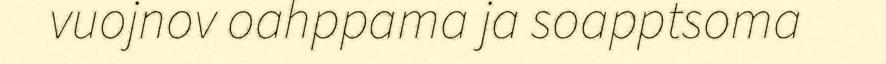
vuojnov oahppama ja soapptsoma